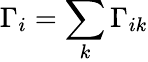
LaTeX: \Gamma_{i}=\sum_{k}\Gamma_{ik}